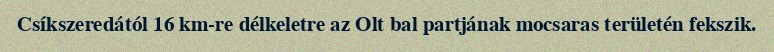
Csíkszeredától 16 km-re délkeletre az Olt bal partjának mocsaras területén fekszik.